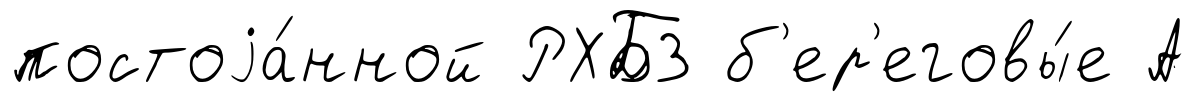
постоjа́нной РХБЗ б'ер'еговы́е А